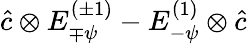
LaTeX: \hat{c}\otimes E_{\mp\psi}^{(\pm 1)}-E_{-\psi}^{(1)}\otimes\hat{c}